Lunatic asylums in Bengal annual reports 1888-1898 - 1888-1898
Year: 1888
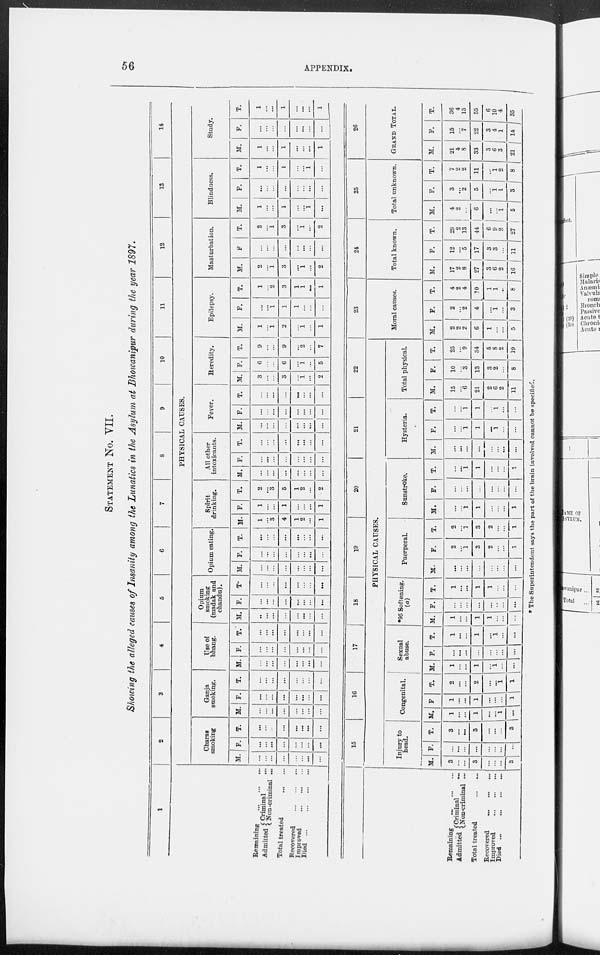
56
APPENDIX.
STATEMENT No. VII.
Showing the alleged causes of Insanity among the Lunatics in the Asylum at Bhawanipur during the year 1897.
1
Remaining
...
...
...
Admitted Criminal ...
Non-criminal ...
Total treated
...
...
Recovered
...
...
...
Improved
...
...
...
Died
...
...
...
...
2
3
4
5
6
7
8
9
10
11
12
13
14
PHYSICAL CAUSES.
Charas
smoking
M.
...
...
...
...
...
...
...
...
F.
...
...
...
...
...
...
...
...
T.
...
...
...
...
...
...
...
...
Ganja
smoking.
M.
...
...
...
...
...
...
...
...
F.
...
...
...
...
...
...
...
...
T.
...
...
...
...
...
...
...
...
Use of
bhang.
M.
...
...
...
...
...
...
...
...
F.
...
...
...
...
...
...
...
...
T.
...
...
...
...
...
...
...
...
Opium
smoking
(madak and
chandu).
M.
...
...
...
...
...
...
...
...
F.
...
...
...
...
...
...
...
...
T.
...
...
...
...
...
...
...
...
Opium eating.
M.
...
...
...
...
...
...
...
...
F.
...
...
...
...
...
...
...
T.
...
...
...
...
...
...
...
...
Spirit
drinking.
M.
1
...
3
4
1
2
...
1
F.
1
...
...
1
...
...
...
1
T.
2
...
3
5
1
2
...
2
All other
intoxicants.
M.
...
...
...
...
...
...
...
...
F.
...
...
...
...
...
...
...
...
T.
...
...
...
...
...
...
...
...
Fever.
M.
...
...
...
...
...
...
...
...
F.
...
...
...
...
...
...
...
T.
...
...
...
...
...
...
...
...
Heredity.
M.
3
...
...
3
...
1 ...
2
F.
6
...
...
6
...
1
...
5
T.
9
...
...
9
...
2
...
7
Epilepsy.
M.
1
...
1
2
...
1 ...
1
F.
...
...
1
1
1
...
...
...
T.
1
...
2
3
1
1
...
1
Masturbation.
M.
2
...
1
3
...
1 ...
2
F.
...
...
...
...
...
...
...
...
T.
2
...
1
3
...
1
...
2
Blindness.
M.
1
...
...
1
...
...
1
...
F.
...
...
...
...
...
...
...
...
T.
1
...
...
1
...
...
1
...
Study.
M.
1
...
...
1
...
...
...
1
F.
...
...
...
...
...
...
...
...
T.
1
...
...
1
...
...
...
1
Remaining
...
...
...
Admitted Criminal ...
Non-criminal ...
Total treated
...
...
Recovered
...
...
...
Improved
...
...
...
Died
...
...
...
...
15
16
17
18
19
20
21
22
PHYSICAL CAUSES.
Injury to
head.
M.
3
...
...
3
...
...
...
3
F.
...
...
...
...
...
...
...
...
T.
3
...
...
3
...
...
...
3
Congenital.
M.
1
...
...
1
...
...
1 ...
F.
1
...
...
1
...
...
...
1
T.
2
...
...
2
...
...
1
1
Sexual
abuse.
M.
1
...
...
1
...
1
...
...
F.
...
...
...
...
...
...
...
...
T.
1
...
...
1
...
1
...
...
*95 Softening.
(a)
M.
1
...
...
1
1
...
...
...
F.
...
...
...
...
...
...
...
...
T.
1
...
...
1
1
...
...
...
Puerperal.
M.
...
...
...
...
...
...
...
...
F.
2
...
1
3
2
...
...
1
T.
2
...
1
3
2
...
...
1
Sunstroke.
M.
...
...
1
1
...
...
...
1
F.
...
...
...
...
...
...
...
...
T.
...
...
1
1
...
...
...
1
Hysteria.
M.
...
...
...
...
...
...
...
...
F.
...
...
1
1
...
1
...
...
T.
...
...
1
1
...
1
...
...
Total physical.
M.
15
...
6
21
2
6
2
11
F.
10
...
3
13
3
2
...
8
T.
25
...
9
34
5
8
2
19
23
Moral causes.
M.
2
2
2
6
1
...
...
5
F.
2
...
2
4
...
1
...
3
T.
4
2
4
10
1
1
...
8
24
Total known.
M.
17
2
8
27
3
6
2
16
F.
12
...
5
17
3
3
...
11
T.
29
2
13
44
6
9
2
27
25
Total unknown.
M.
4
2
...
6
...
...
1
5
F.
3
...
2
5
...
1
1
3
T.
7
2
2
11
...
1 2
8
26
GRAND TOTAL.
M.
21
4
8
33
3
6
3
21
F.
15
...
7
22
3
4
1
14
T.
36
4
15
55
6
10
4
35
* The Superintendent says the part of the brain involved cannot be specified.